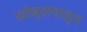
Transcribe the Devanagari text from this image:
खोबर्‍यापासून